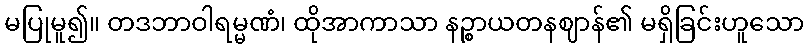
မပြုမူ၍။ တဒဘာဝါရမ္မဏံ၊ ထိုအာကာသာ နဉ္စာယတနဈာန်၏ မရှိခြင်းဟူသော